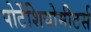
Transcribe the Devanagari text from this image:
पोटेंशियोमीटर्स